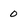
Character: 0